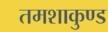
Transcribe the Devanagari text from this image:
तमशाकुण्ड